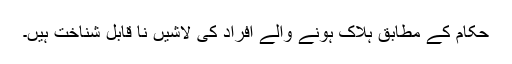
حکام کے مطابق ہلاک ہونے والے افراد کی لاشیں نا قابل شناخت ہیں۔